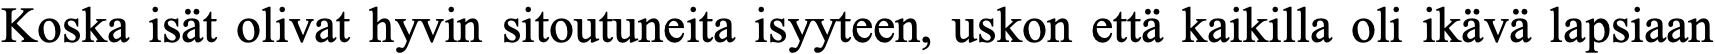
Koska isät olivat hyvin sitoutuneita isyyteen, uskon että kaikilla oli ikävä lapsiaan